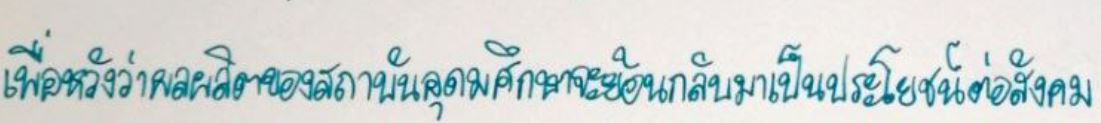
เพื่อหวังว่าผลผลิตของสถาบันอุดมศึกษาจะย้อนกลับมาเป็นประโยชน์ต่อสังคม